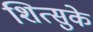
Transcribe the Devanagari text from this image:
शित्सुके